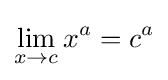
\lim _{x\to c}x^{a}=c^{a}